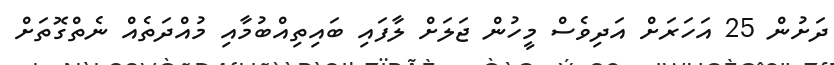
ދަށުން 25 އަހަރަށް އަދިވެސް މީހުން ޖަލަށް ލާފައި ބައިތިއްބުމާއި މުއްދަތެއް ނެތްގޮތަށް